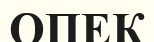
ОПЕК